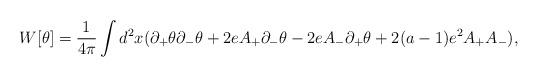
LaTeX: \begin{align*}W[\theta ]={1\over{4\pi }}\int d^2x(\partial_+\theta \partial_-\theta +2eA_+\partial _-\theta-2eA_-\partial_+\theta +2(a-1)e^2A_+A_-),\end{align*}